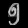
Digit: ၅